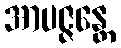
အာပဇ္ဇန္တေ